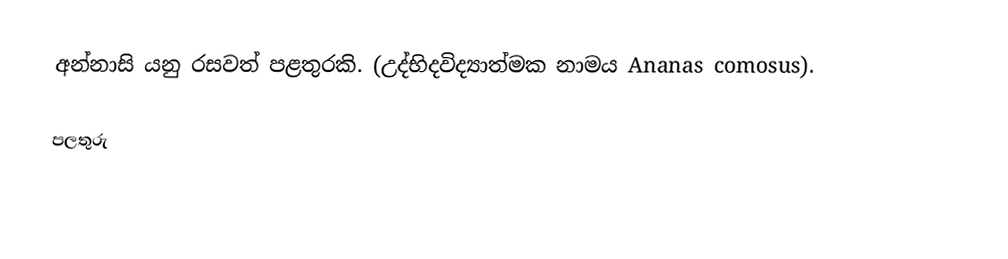
අන්නාසි යනු රසවත් පළතුරකි. (උද්භිදවිද්‍යාත්මක නාමය Ananas comosus).

පලතුරු